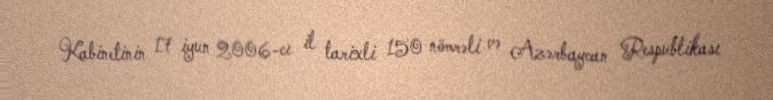
Kabinetinin 17 iyun 2006-cı il tarixli 150 nömrəli və Azərbaycan Respublikası